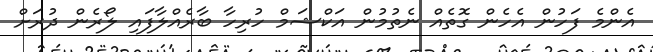
އެންމެ ފަހުން އެހެން ގޮތެއް ނެތުމުން އަކްޝަމް ހުރިހާ ބާރެއްލާފައި ލޯރެން ދުރަށް